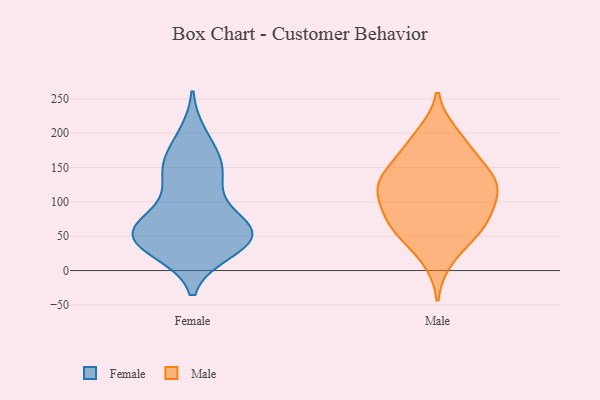
{"axis": {"x": "Production Output", "y": "Value"}, "legend": ["Female", "Male"], "data": [{"x": "", "y": 32, "type": "Female"}, {"x": "", "y": 146, "type": "Female"}, {"x": "", "y": 49, "type": "Female"}, {"x": "", "y": 68, "type": "Female"}, {"x": "", "y": 45, "type": "Female"}, {"x": "", "y": 137, "type": "Female"}, {"x": "", "y": 59, "type": "Female"}, {"x": "", "y": 193, "type": "Female"}, {"x": "", "y": 167, "type": "Female"}, {"x": "", "y": 54, "type": "Female"}, {"x": "", "y": 133, "type": "Female"}, {"x": "", "y": 40, "type": "Female"}, {"x": "", "y": 66, "type": "Female"}, {"x": "", "y": 53, "type": "Female"}, {"x": "", "y": 52, "type": "Male"}, {"x": "", "y": 81, "type": "Male"}, {"x": "", "y": 63, "type": "Male"}, {"x": "", "y": 18, "type": "Male"}, {"x": "", "y": 121, "type": "Male"}, {"x": "", "y": 146, "type": "Male"}, {"x": "", "y": 107, "type": "Male"}, {"x": "", "y": 119, "type": "Male"}, {"x": "", "y": 137, "type": "Male"}, {"x": "", "y": 170, "type": "Male"}, {"x": "", "y": 115, "type": "Male"}, {"x": "", "y": 197, "type": "Male"}, {"x": "", "y": 63, "type": "Male"}, {"x": "", "y": 73, "type": "Male"}, {"x": "", "y": 132, "type": "Male"}, {"x": "", "y": 187, "type": "Male"}]}